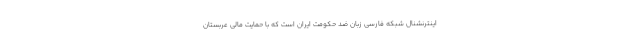
اینترنشنال شبکه فارسی زبان ضد حکومت ایران است که با حمایت مالی عربستان